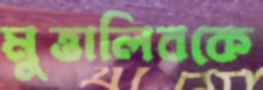
মুত্তালিবকে